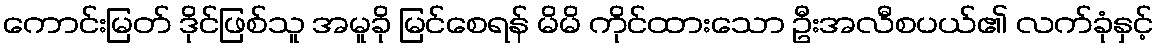
ကောင်းမြတ် ဒိုင်ဖြစ်သူ အမူခို မြင်စေရန် မိမိ ကိုင်ထားသော ဦးအလီစပယ်၏ လက်ခုံနှင့်